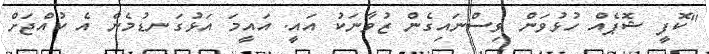
"ކޮފީ ޝޮޕެއް ހުޅުވަން ވިސްނައިގެން ޒުވާނަކު އައީ. އައީމަ އަޅުގަނޑުމެން އެ ކުއްޖަަށް